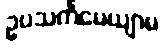
ဥပသင်္ကမေယျာမ